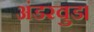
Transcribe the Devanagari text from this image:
अंडरवुड।